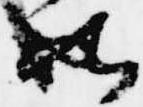
如